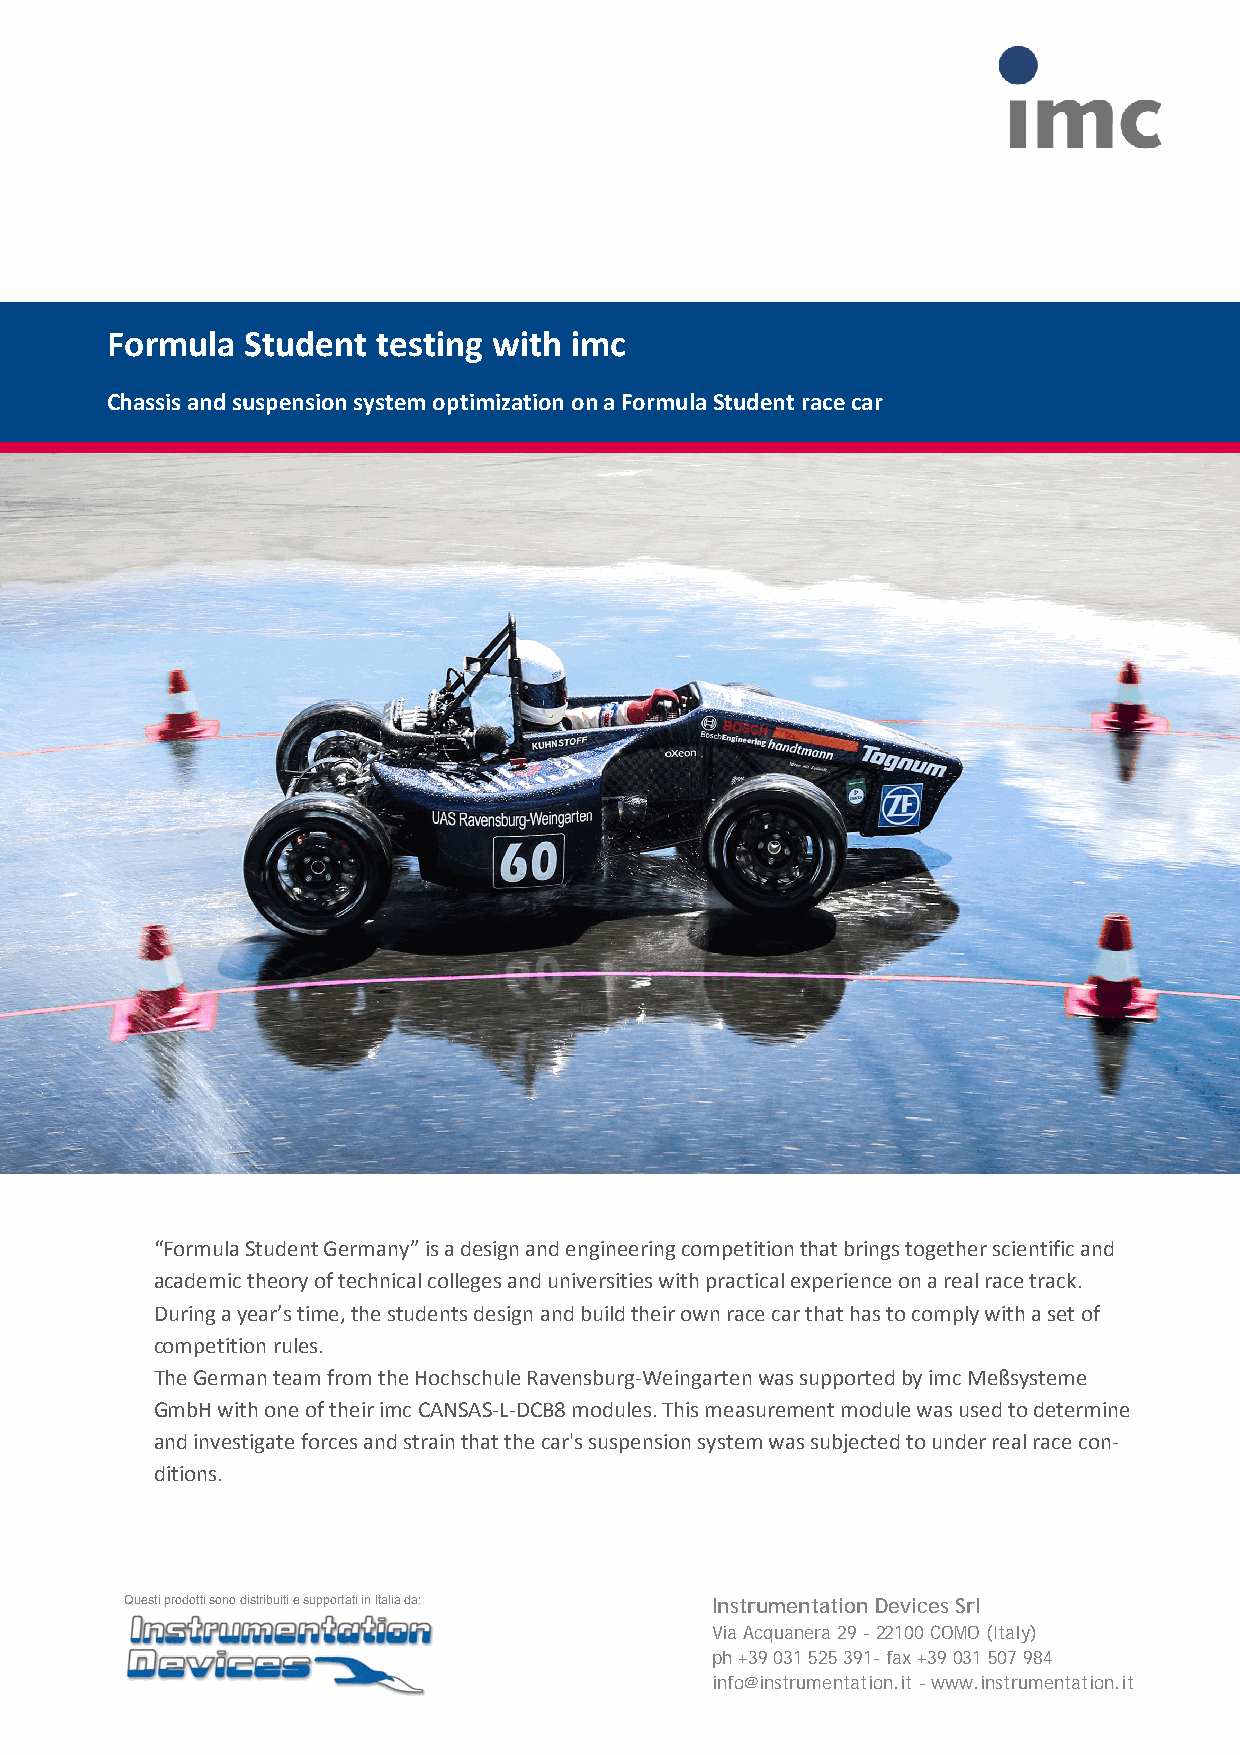
Formula  Student  testing with imc
 Chassis and suspension system optimization on a Formula Student race car
 “Formula Student Germany” is a design and engineering competition that brings together scientific and
 academic theory of technical colleges and universities with practical experience on a real race track.
 During a year’s time, the students design and build their own race car that has to comply with a set of
 competition rules.
 The German team from the Hochschule Ravensburg-Weingarten was supported by imc Meßsysteme
 GmbH with one of their imc CANSAS-L-DCB8 modules. This measurement module was used to determine
 and investigate forces and strain that the car's suspension system was subjected to under real race con-
 ditions.
 Questi prodotti sono distribuiti e supportati in Italia da: Instrumentation Devices Srl
 Via Acquanera 29 - 22100 COMO (Italy)
 ph +39 031 525 391- fax +39 031 507 984
 info@instrumentation.it - www.instrumentation.it